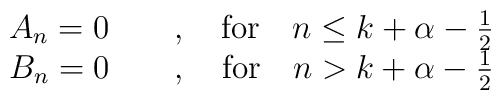
\begin{array}{c}  A_n = 0 \qquad,\quad{\rm for}\quad n\leq k+\alpha-\frac{1}{2} \\  B_n = 0 \qquad,\quad{\rm for}\quad n> k+\alpha-\frac{1}{2}\end{array}